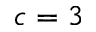
c = 3